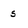
Character: 5